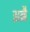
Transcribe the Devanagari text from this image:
इब्रै